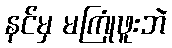
နင်မှ မကြုံဖူးဘဲ